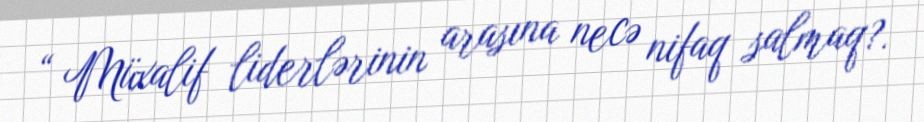
“ Müxalif liderlərinin arasına necə nifaq salmaq?.